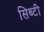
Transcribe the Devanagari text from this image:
सिब्‍टी